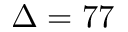
\Delta = 7 7